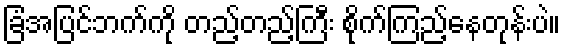
ခြံအပြင်ဘက်ကို တည့်တည့်ကြီး စိုက်ကြည့်နေတုန်းပဲ။